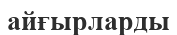
айғырларды